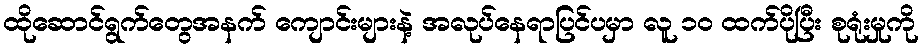
ထိုဆောင်ရွက်တွေအနက် ကျောင်းများနဲ့ အလုပ်နေရာပြင်ပမှာ လူ ၁၀ ထက်ပိုပြီး စုရုံးမှုကို